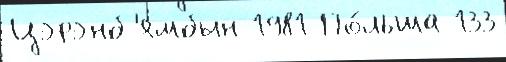
Цэрэнб'ямбын 1981 По́льша 133